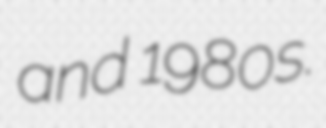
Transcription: and 1980s.